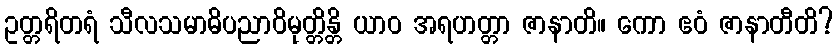
ဥတ္တရိတရံ သီလသမာဓိပညာဝိမုတ္တိန္တိ ယာဝ အရဟတ္တာ ဇာနာတိ။ ကော ဧဝံ ဇာနာတီတိ?